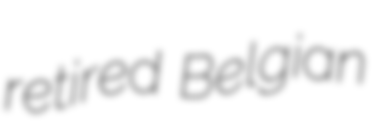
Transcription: retired Belgian